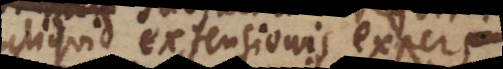
aliquid extensionis expers,